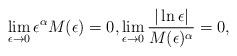
LaTeX: \begin{align*}\lim\limits_{\epsilon \rightarrow 0} \epsilon^{\alpha}M(\epsilon) = 0, \lim\limits_{\epsilon\rightarrow 0}\frac{|\ln\epsilon|}{M(\epsilon)^{\alpha}} = 0,\end{align*}